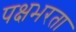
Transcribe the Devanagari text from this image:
पक्षभरता